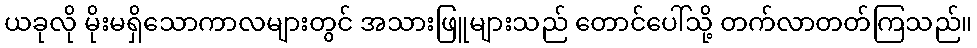
ယခုလို မိုးမရှိသောကာလများတွင် အသားဖြူများသည် တောင်ပေါ်သို့ တက်လာတတ်ကြသည်။